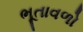
ભૂતાવળો